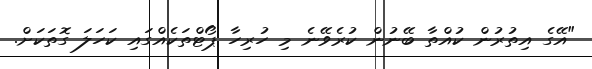
"އޭގެ އިތުރުން ކުއްތާ ބޭނުން ކުރެވޭނެ މި ހުރިހާ ޕޯޓްތަކެއްގައި ކަހަލަ ގޮތަކަށް.